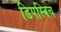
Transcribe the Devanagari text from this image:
डिपस्विच